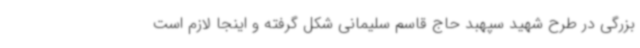
بزرگی در طرح شهید سپهبد حاج قاسم سلیمانی‌ شکل گرفته و اینجا لازم است